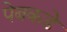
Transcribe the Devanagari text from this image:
पेबकडे